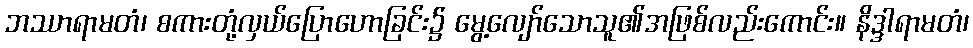
ဘဿာရာမတံ၊ စကားတုံ့လှယ်ပြောဟောခြင်း၌ မွေ့လျော်သောသူ၏အဖြစ်လည်းကောင်း။ နိဒ္ဒါရာမတံ၊